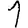
Digit: 1